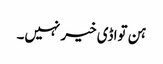
ہن تواڈی خیر نہیں۔